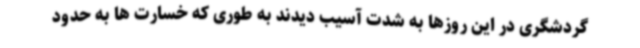
گردشگری در این روزها به شدت آسیب دیدند به طوری که خسارت ها به حدود